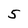
Character: 5